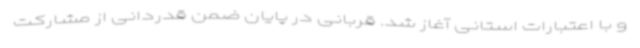
و با اعتبارات استانی آغاز شد. قربانی در پایان ضمن قدردانی از مشارکت